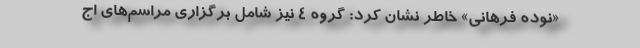
«نوده فرهانی» خاطر نشان کرد: گروه ٤ نیز شامل برگزاری مراسم‌های اج